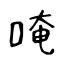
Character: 唵